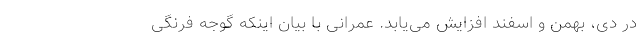
در دی، بهمن و اسفند افزایش می‌یابد. عمرانی با بیان اینکه گوجه فرنگی